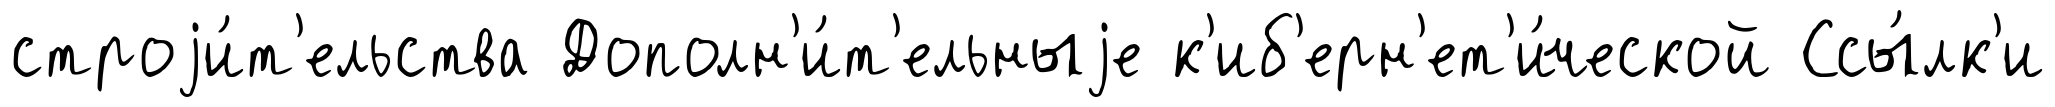
строjи́т'ельства Дополн'и́т'ельныjе к'иб'ерн'ет'и́ческой Ссы́лк'и